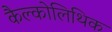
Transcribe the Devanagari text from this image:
कैल्कोलिथिक